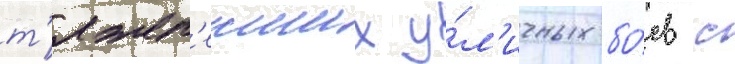
т'яжел'еиших у́л'ичных бо́ев с